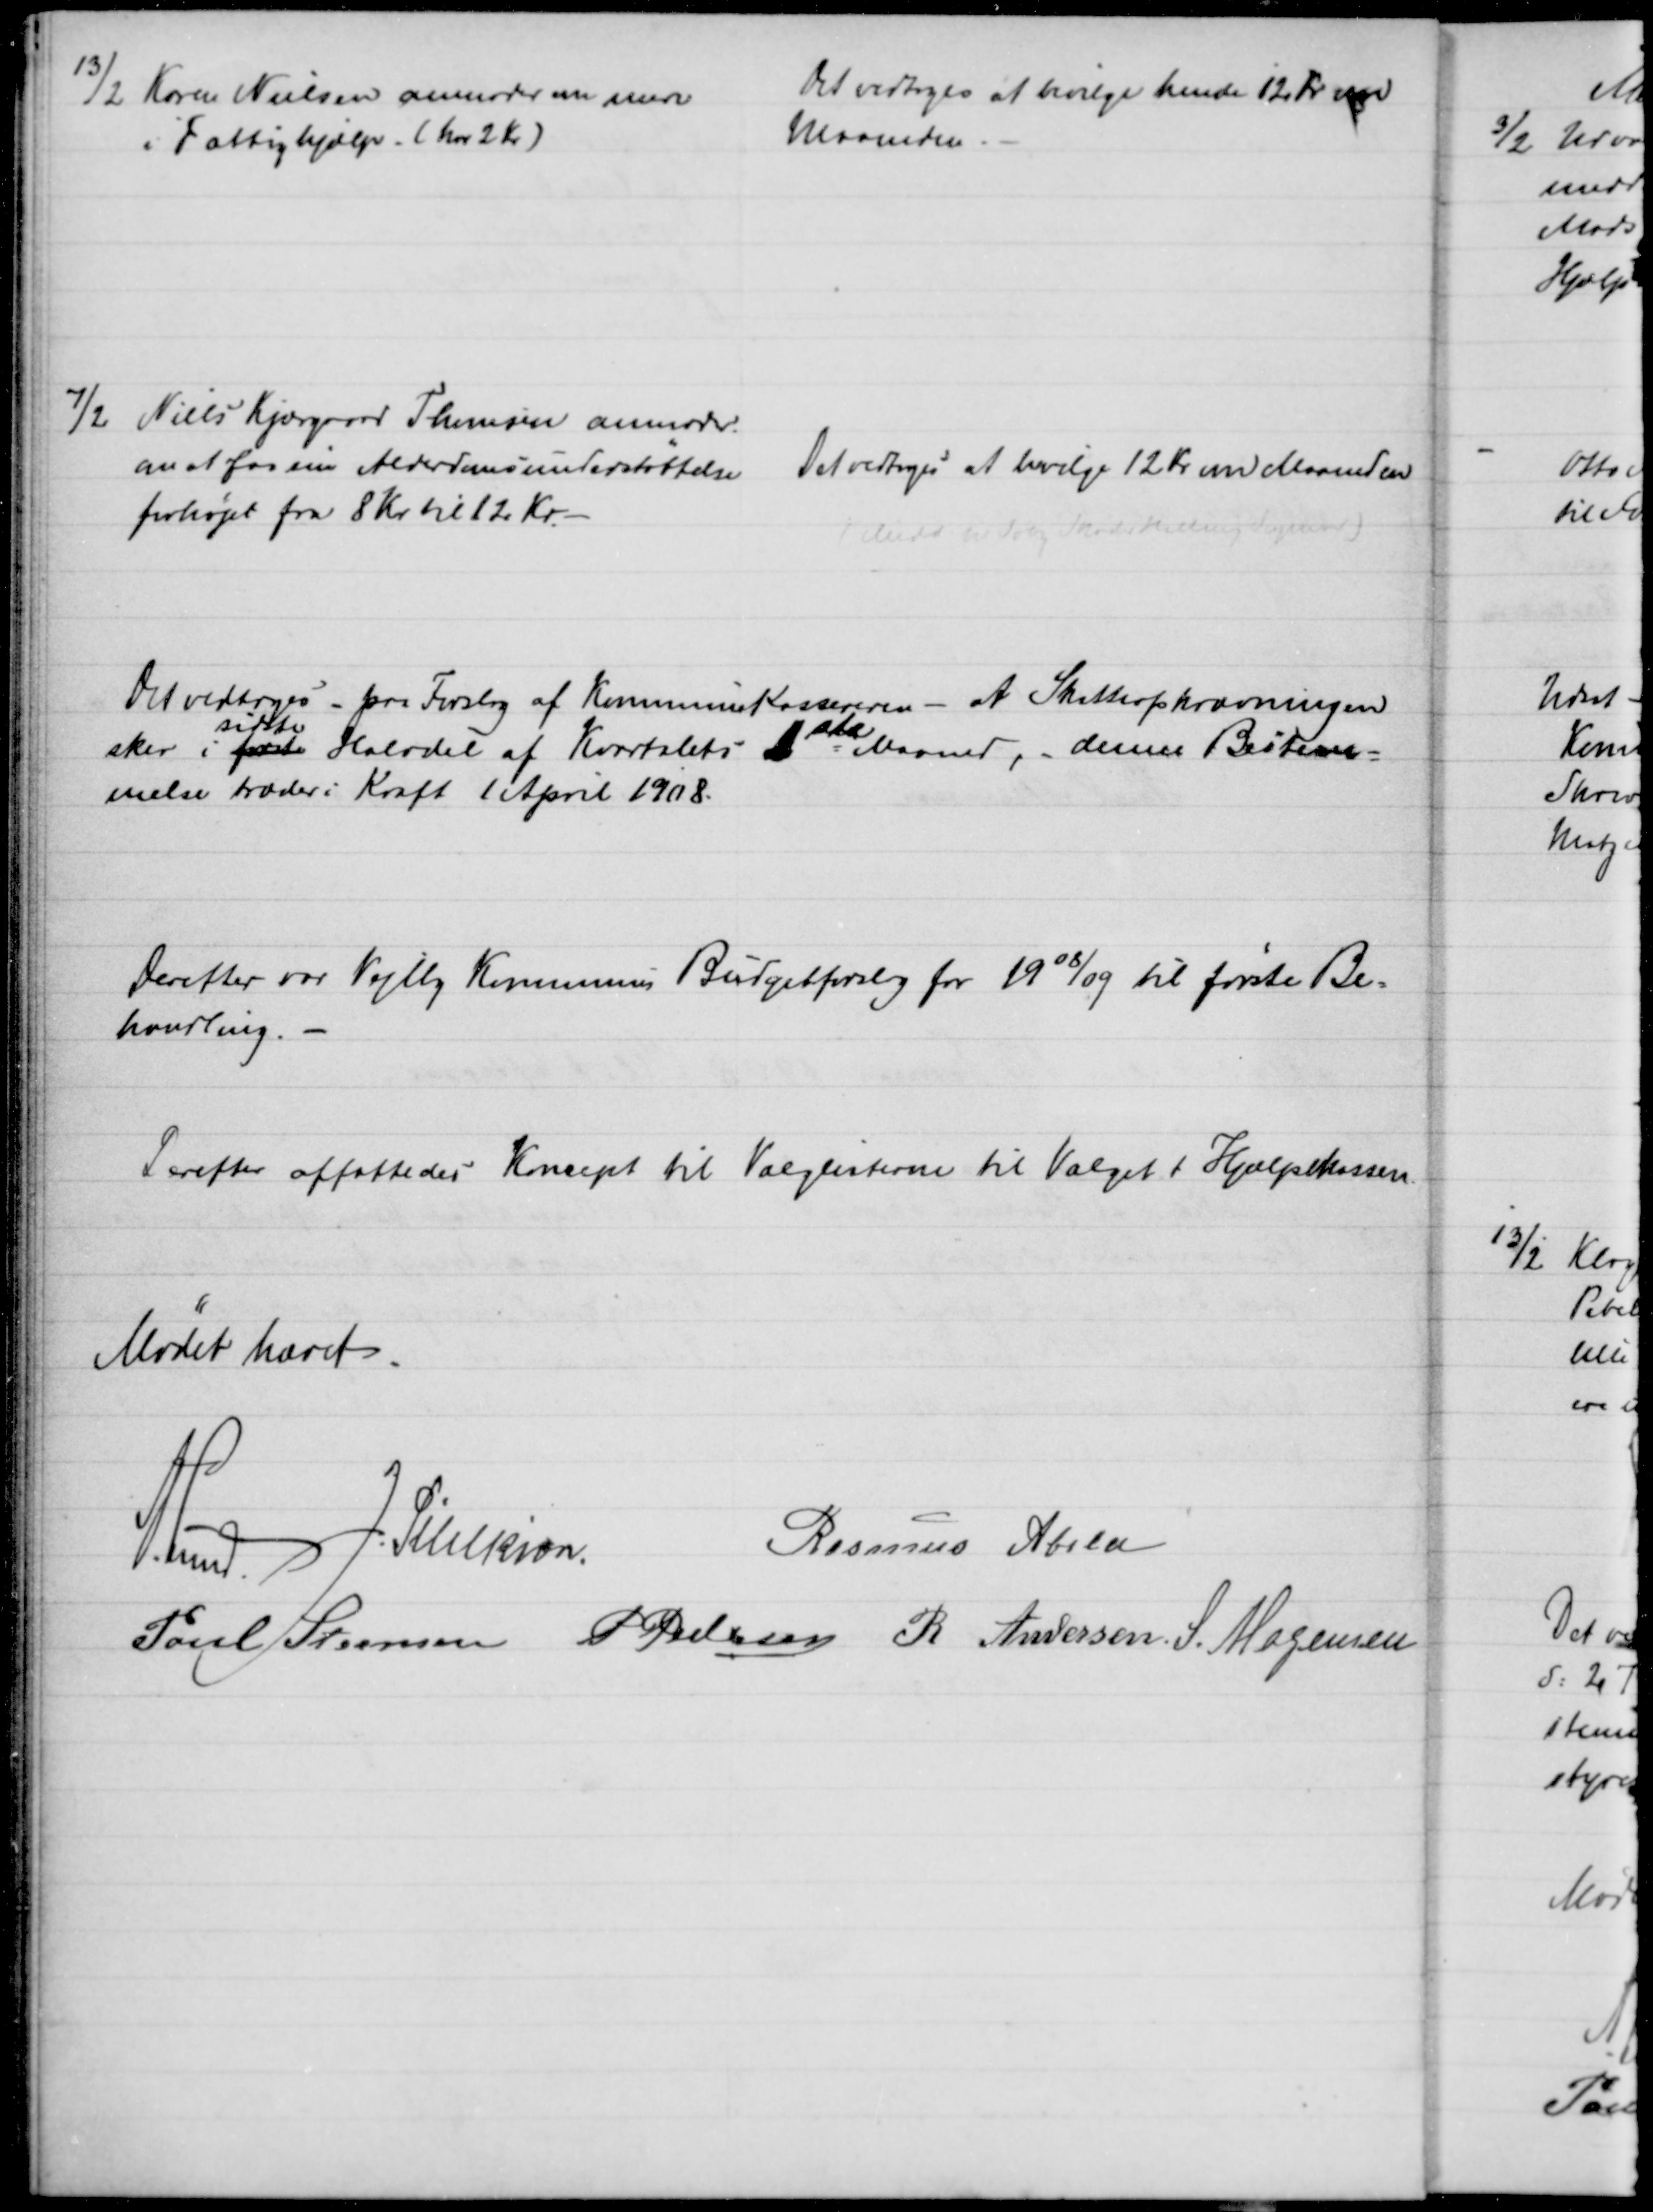
Transskription:
13/2 Karen Nielsen anmoder en mere
i Fattighjælp ( har 2 Kr.)
Det vedtoges at bevilge hende 12 Kr om
Maaneden.
7/2
Niels Kjærgaard Thomsen anmoder.
om at faa sin Alderdomsunderstøttelse
forhøjet fra 8 Kr til 12 Kr.
Det vedtoges at bevilge 12 Kr om Maaneden
Det vedtoges - paa Forslag af Kommunekassereren - at Skatteopkrævningen
sker i første 
sidste
Halvdel af Kvartalets 1ste Maaned, - denne Bestem=
melse træder i Kraft 1 April 1908.
Derefter var Vejlby Kommunes Budgetforslag for 1908/09 til første Be=
handling.
Derefter affattedes Koncept til Valglisterne til Valget i Hjælpekassen.
Mødet hævet
A. Lund.
J. Pihlkjær.
Rasmus Abild
Poul Steensen P Pedersen R. Andersen S. Mogensen